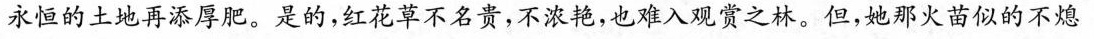
永恒的土地再添厚肥。是的，红花草不名贵，不浓艳，也难入观赏之林。但，她那火苗似的不熄